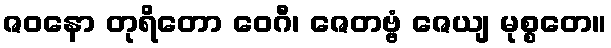
ဇဝနော တုရိတော ဝေဂီ၊ ဇေတဗ္ဗံ ဇေယျ မုစ္စတေ။